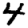
Digit: 4